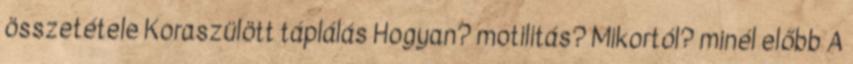
összetétele Koraszülött táplálás Hogyan? motilitás? Mikortól? minél előbb A